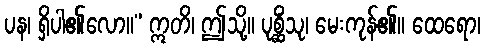
ပန၊ ရှိပါ၏လော။” ဣတိ၊ ဤသို့။ ပုစ္ဆိံသု၊ မေးကုန်၏။ ထေရော၊